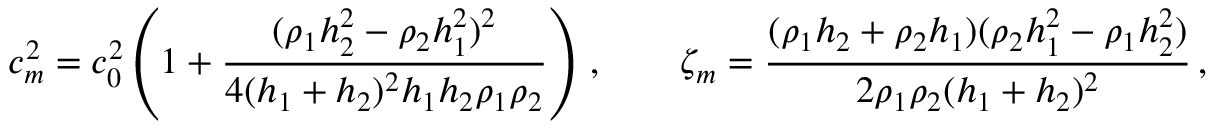
c _ { m } ^ { 2 } = c _ { 0 } ^ { 2 } \left( 1 + { \frac { ( \rho _ { 1 } h _ { 2 } ^ { 2 } - \rho _ { 2 } h _ { 1 } ^ { 2 } ) ^ { 2 } } { 4 ( h _ { 1 } + h _ { 2 } ) ^ { 2 } h _ { 1 } h _ { 2 } \rho _ { 1 } \rho _ { 2 } } } \right) \, , \qquad \zeta _ { m } = { \frac { ( \rho _ { 1 } h _ { 2 } + \rho _ { 2 } h _ { 1 } ) ( \rho _ { 2 } h _ { 1 } ^ { 2 } - \rho _ { 1 } h _ { 2 } ^ { 2 } ) } { 2 \rho _ { 1 } \rho _ { 2 } ( h _ { 1 } + h _ { 2 } ) ^ { 2 } } } \, ,